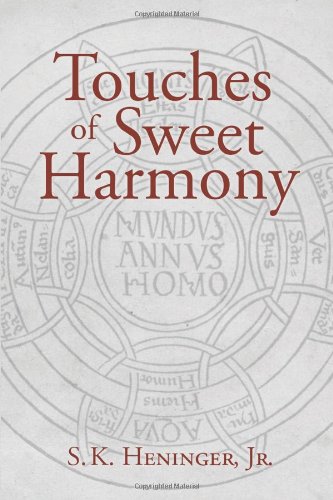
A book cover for Touches of Sweet Harmony: Pythagorean Cosmology and Renaissance Poetics; Jr. S. K. Heninger; Politics & Social Sciences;